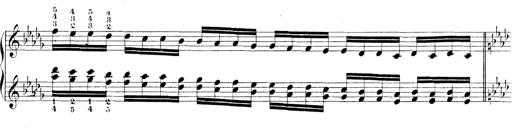
Title: Technische Studien
Composer: Franz Liszt